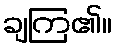
ချကြ၏။